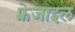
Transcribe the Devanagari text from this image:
फ़्रेजाइल